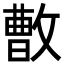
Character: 𪯓